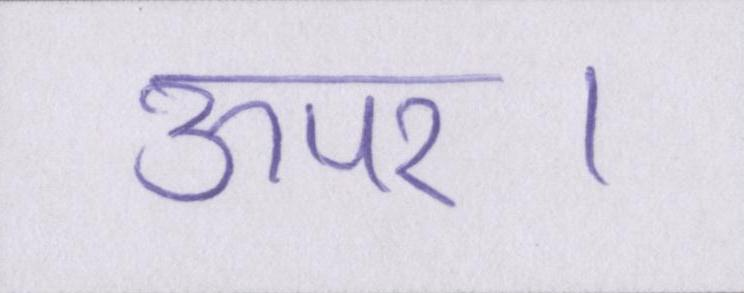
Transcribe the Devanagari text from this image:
ऊपर।